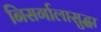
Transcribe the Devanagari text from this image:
निसर्गालासुद्धा